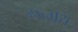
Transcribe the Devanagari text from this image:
हालति